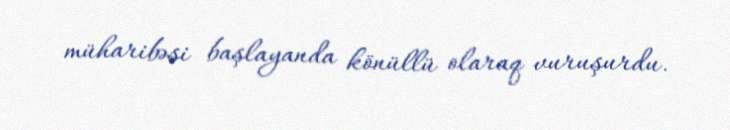
müharibəsi başlayanda könüllü olaraq vuruşurdu.